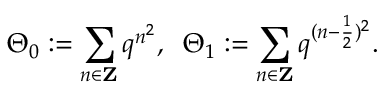
\Theta _ { 0 } : = \sum _ { n \in { \bf Z } } q ^ { n ^ { 2 } } , \; \; \Theta _ { 1 } : = \sum _ { n \in { \bf Z } } q ^ { ( n - \frac { 1 } { 2 } ) ^ { 2 } } .